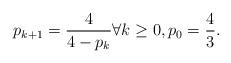
LaTeX: \begin{align*} & p_{k+1} = \frac{4}{4-p_k}\forall k\geq 0,p_0 = \frac{4}{3} . \end{align*}